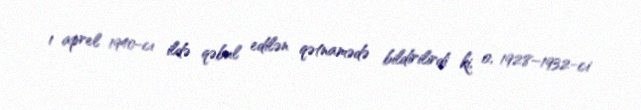
1 aprel 1940-cı ildə qəbul edilən qətnamədə bildirilirdi ki, o, 1928–1932-ci